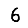
Digit: 6